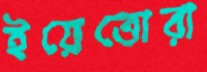
ইয়েত্তোরা